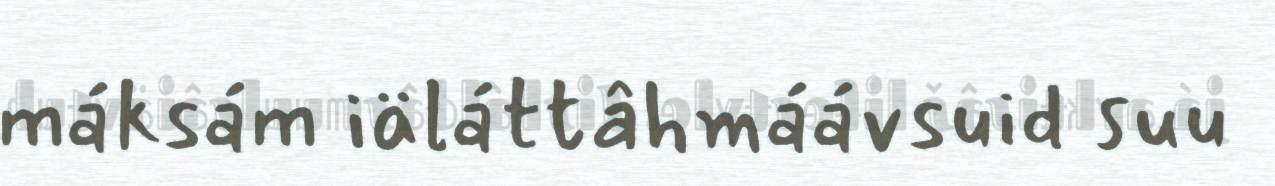
máksám iäláttâhmáávsuid suu